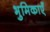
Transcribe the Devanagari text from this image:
भुमिकाएँ